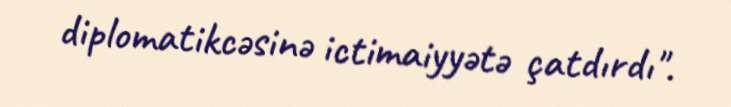
diplomatikcəsinə ictimaiyyətə çatdırdı".